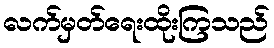
လက်မှတ်ရေးထိုးကြသည်